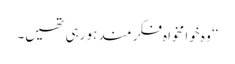
‘‘ وہ خوا مخواہ فکر مند ہو رہی تھیں۔